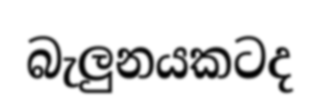
බැලුනයකටද